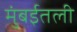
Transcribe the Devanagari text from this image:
मुंबईतली